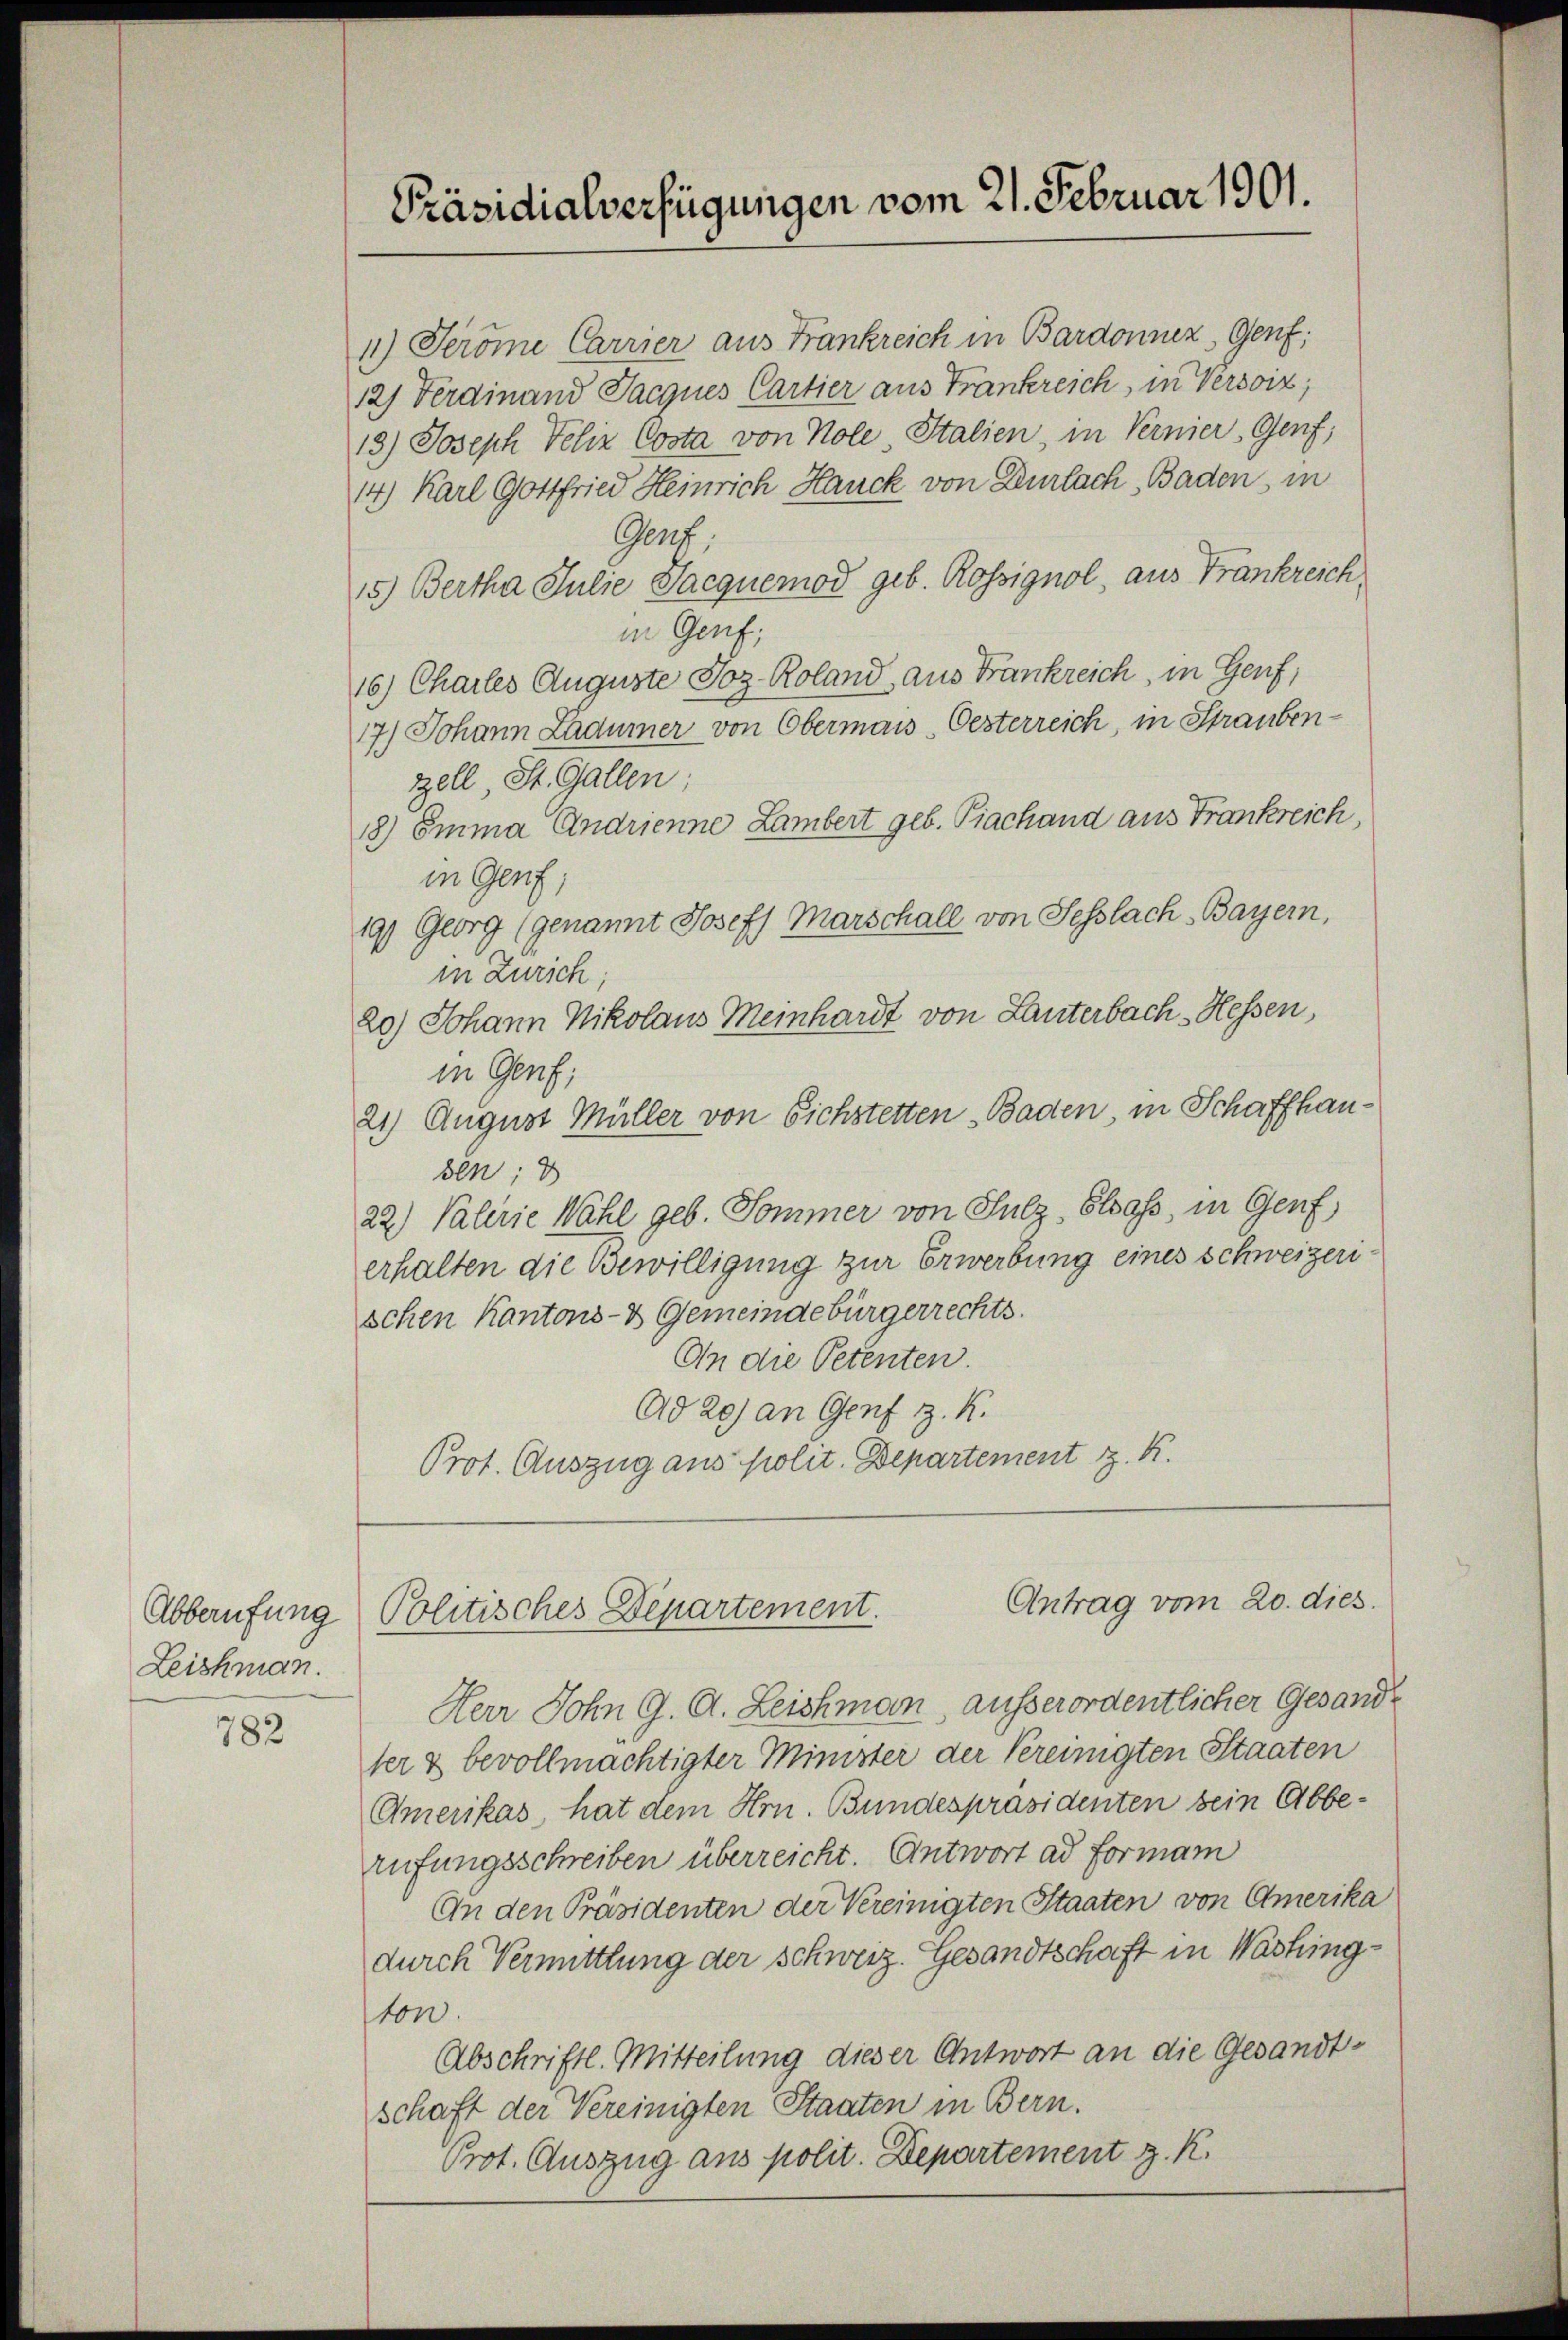
Abberufung
Leisman.

782

Präsidialverfügungen vom 21. Februar 1901.

11) Seröme Carrier aus Frankreich in Bardonnez, Genf,
12) Ferdinand Jacques Cartier aus Frankreich, in Versoiz;
19.) Joseph Felix Costa von Nole Stalien, in Vernier, Genf,
14) Karl Gottfried Heinrich Hauck von Dürlach Baden, in
Genf,
15.) Bertha Julie Jacquemod geb. Rossignol, aus Frankreich,
in Genf;
16) Charles Auguste Joz-Roland, aus Frankreich, in Genf,
17.) Johann Ladumer von Obermais Oesterreich, in Straubenzell St. Gallen;
18) Emma Andrienne Lambert geb. Piachand aus Frankreich,
in Genf;
19.) Georg (genannt Josef Marschall von Sesslach-Bayern,
in Zürich
20.) Johann Nikolaus Meinhardt von Lanterbach - Hessen,
in Genf,
21) August Müller von Sichstetten Baden, in Schaffhauden; d
22) Valerie Wahl geb. Sommer von Sulz- Elsass, in Genf,
erhalten die Bewilligung zur Erwerbung eines Schweizerischen Kantons- & Gemeindebürgerrechts.
An die Petenten.
Ad 20) an Genf z. K.
Prot. Auszug aus polit. Departement z. K.

Herr Sohn G. A. Leichman, ausserordentlicher Gesandt
ter & bevollmächtigter Minister der Vereinigten Staaten
Amerikas hat dem Hrn. Bundespräsidenten bein Abberufungsschreiben überreicht. Antwort ad Forman
An den Präsidenten der Vereinigten Staaten von Amerika
durch Vermittlung der schweiz. Gesandtschaft in Washington.
Abschriftl. Mitteilung dieser Antwort an die Gesandtschaft der Vereinigten Staaten in Bern.
Prot. Auszug aus polit. Departement z. R.

Antrag vom 20. dies.
Politisches Departement.